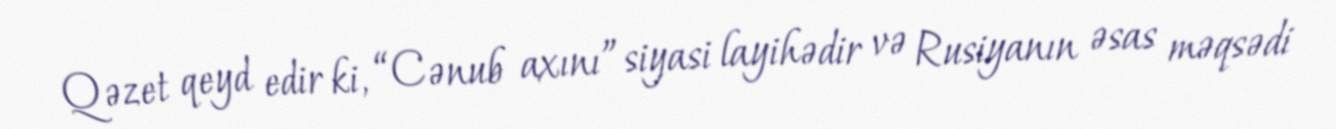
Qəzet qeyd edir ki, “Cənub axını” siyasi layihədir və Rusiyanın əsas məqsədi